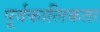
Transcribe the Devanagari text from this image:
पूर्वकालिकता